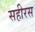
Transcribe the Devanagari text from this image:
सहीरस